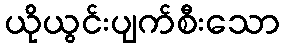
ယိုယွင်းပျက်စီးသော